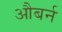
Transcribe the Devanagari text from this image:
औबर्न